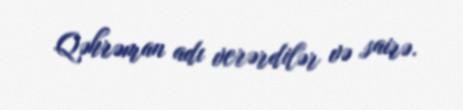
Qəhrəman adı verərdilər və sairə.